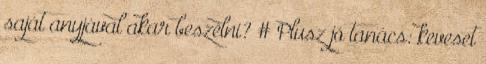
saját anyjával akar beszélni? # Plusz jó tanács: keveset